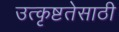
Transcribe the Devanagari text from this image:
उत्कृष्टतेसाठी